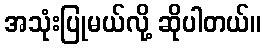
အသုံးပြုမယ်လို့ ဆိုပါတယ်။